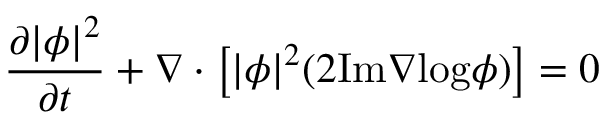
\frac { \partial | \phi | ^ { 2 } } { \partial t } + \nabla \cdot \left[ | \phi | ^ { 2 } ( 2 \mathrm { I m } \nabla \mathrm { l o g } \phi ) \right] = 0